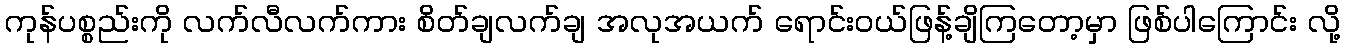
ကုန်ပစ္စည်းကို လက်လီလက်ကား စိတ်ချလက်ချ အလုအယက် ရောင်းဝယ်ဖြန့်ချိကြတော့မှာ ဖြစ်ပါကြောင်း လို့